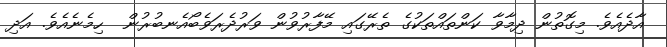
އާދެއެވެ. މިގޮތުން ދިމާވާ ކަންތައްތަކުގެ ތެރޭގައި މޭފާރުވުން ވަރުދެރަވެބޯއެނބުރުން  ހިމެނެއެވެ. އަދި